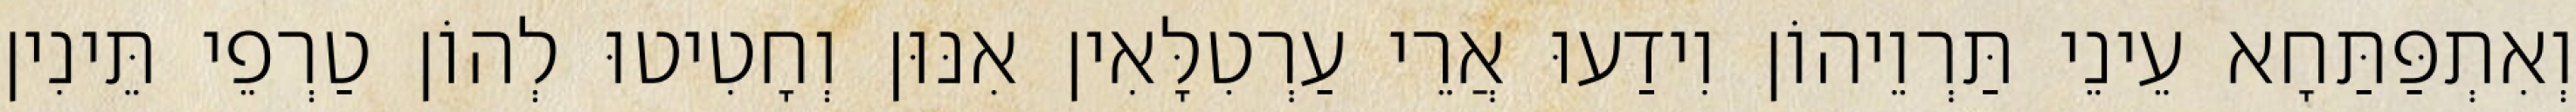
וְאִתְפַּתַּחָא עֵינֵי תַּרְוֵיהוֹן וִידַעוּ אֲרֵי עַרְטִלָּאִין אִנּוּן וְחָטִיטוּ לְהוֹן טַרְפֵי תֵּינִין